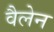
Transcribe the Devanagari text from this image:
वैलेन